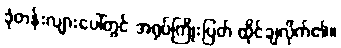
ခုံတန်းလျားပေါ်တွင် အရုပ်ကြိုးပြတ် ထိုင်ချလိုက်၏။